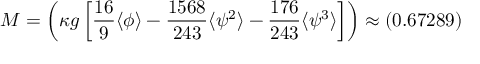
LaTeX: M = \left( \kappa g \left[ \frac { 1 6 } { 9 } \langle \phi \rangle - \frac { 1 5 6 8 } { 2 4 3 } \langle \psi ^ { 2 } \rangle - \frac { 1 7 6 } { 2 4 3 } \langle \psi ^ { 3 } \rangle \right] \right) \approx ( 0 . 6 7 2 8 9 )